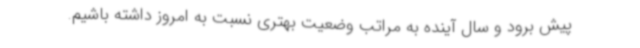
پیش برود و سال آینده به مراتب وضعیت بهتری نسبت به امروز داشته باشیم.